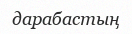
дарабастың